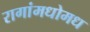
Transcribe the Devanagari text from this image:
रागांमधोमध